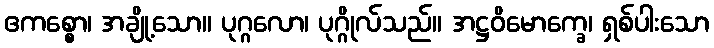
ဧကစ္စော၊ အချို့သော။ ပုဂ္ဂလော၊ ပုဂ္ဂိုလ်သည်။ အဋ္ဌဝိမောက္ခေ၊ ရှစ်ပါးသော